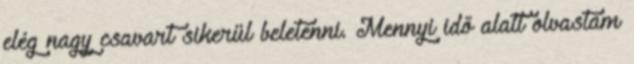
elég nagy csavart sikerül beletenni. Mennyi idő alatt olvastam